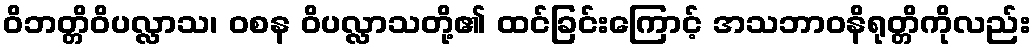
ဝိဘတ္တိဝိပလ္လာသ၊ ဝစန ဝိပလ္လာသတို့၏ ထင်ခြင်းကြောင့် အသဘာဝနိရုတ္တိကိုလည်း